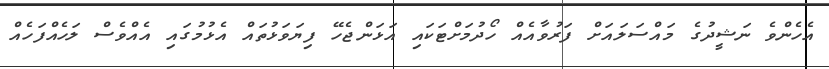
އެހެންވެ ނަޝީދުގެ މައްސަލައަށް ފަރުވާއެއް ހޯދުމަށްޓަކައި އަޅަންޖެހޭ ފިޔަވަޅުތައް އެޅުމުގައި އެއްވެސް ލަހެއްފަހެއް